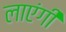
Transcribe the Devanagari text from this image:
लाएंगीं